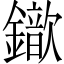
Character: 𨮈